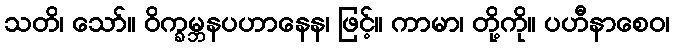
သတိ၊ သော်။ ဝိက္ခမ္ဘနပဟာနေန၊ ဖြင့်။ ကာမာ၊ တို့ကို။ ပဟီနာစေဝ၊